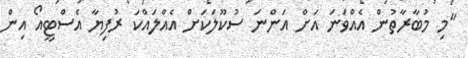
"މި މުބާރާތުން އެއްވަނަ އަށް އަންނަ ސުކޫލަކަށް އެއްލައްކަ ރުފިޔާ އެސްޓީއޯ އިން